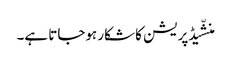
منشّیڈپریشن کا شکار ہوجاتا ہے۔